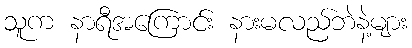
သူက နာရီအကြောင်း နားမလည်ဘဲနဲ့များ